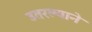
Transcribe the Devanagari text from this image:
उतरल्याने